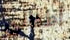
أطفالى